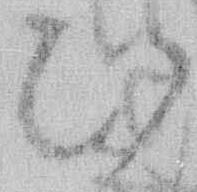
ひ